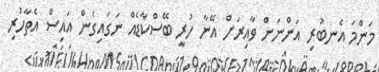
މަންމަ އެނބުރި އަންނަން ވާއިރަށް އޭނާ ހުރީ ބޭސްކާޑެއް ނަގައިގެން އައިސް އެތާހުރި